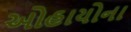
ઓહાયોના